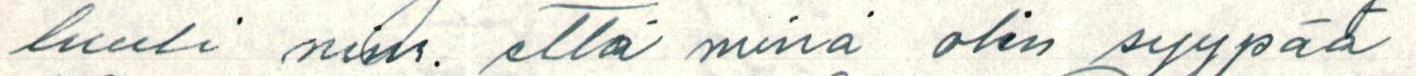
luuli nim. että minä olin syypää